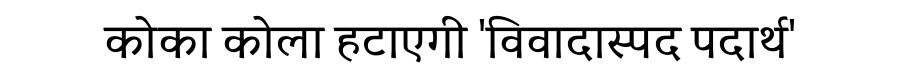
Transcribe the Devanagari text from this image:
कोका कोला हटाएगी 'विवादास्पद पदार्थ'